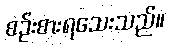
စဉ်းစားရသေးသည်။